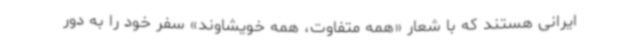
ایرانی هستند که با شعار «همه متفاوت، همه خویشاوند» سفر خود را به دور